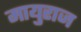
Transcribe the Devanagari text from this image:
मायुराज